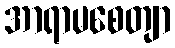
အာရာမစေတျာ